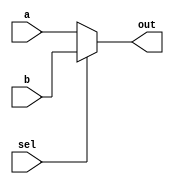
module Mux 
  (
  input [63:0] a,b,
  input sel,
  output reg [63:0] out
  );
  always @ (sel, a, b)
    begin
      if (sel)
        out <= b;
      else
        out <= a;
    end 
  
endmodule